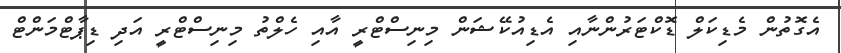
އެގޮތުން މެޑިކަލް ޑޮކްޓަރުންނާއި އެޑިއުކޭޝަން މިނިސްޓްރީ އާއި ހެލްތު މިނިސްޓްރީ އަދި ޑިޕާޓްމަންޓް